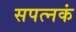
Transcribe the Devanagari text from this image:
सपत्नकं